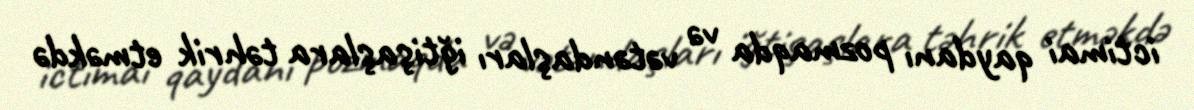
ictimai qaydanı pozmaqda və vətəndaşları iğtişaşlara təhrik etməkdə